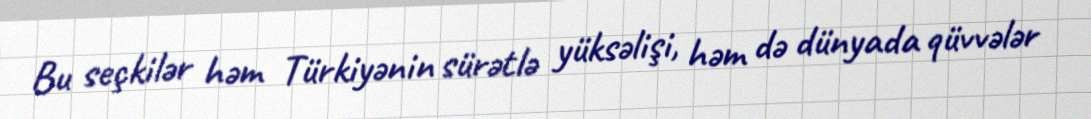
Bu seçkilər həm Türkiyənin sürətlə yüksəlişi, həm də dünyada qüvvələr